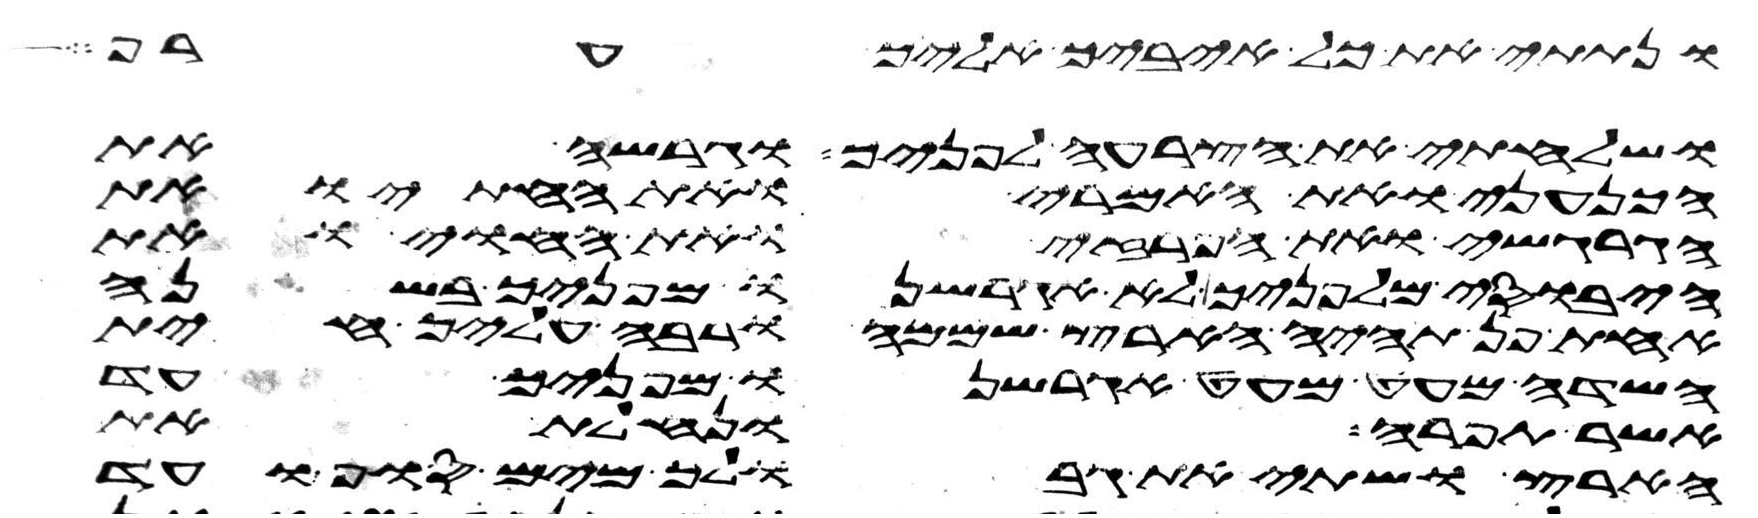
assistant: ונתתי את כל איביך אליך ערף
ושלחתי את הצרעה לפניך וגרשה את
הכנעני ואת האמרי ואת החתי ואת
הגרגשי ואת הפרזי ואת החוי ואת
היבוסי מלפניך לא אגרשנו מפניך בשנה
אחת פן תהיה הארץ שממה ורבה עליך חית
השדה מעט מעט אגרשנו מפניך עד
אשר תפרה ונחלת את
הארץ ושתי את גבולך מים סוף ועד